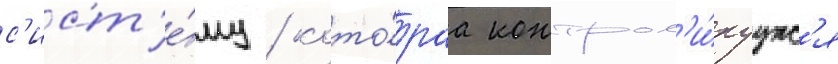
с'ист'е́му / кото́раа контрол'и́руутс'я